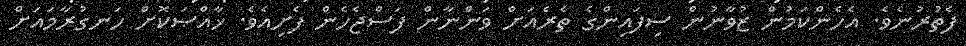
ފެތުރުނެވެ. އެހެންކަމުން ޒުވާނުން ސިފައިންގެ ތެރެއަށް ވަންނާން ފަސްޖެހެން ފެށިއެވެ. ޚާއްޞަކޮށް ހަނގުރާމައަށް